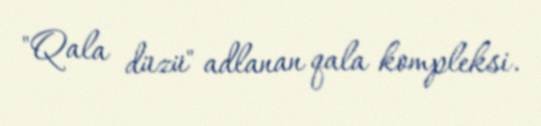
"Qala düzü" adlanan qala kompleksi.